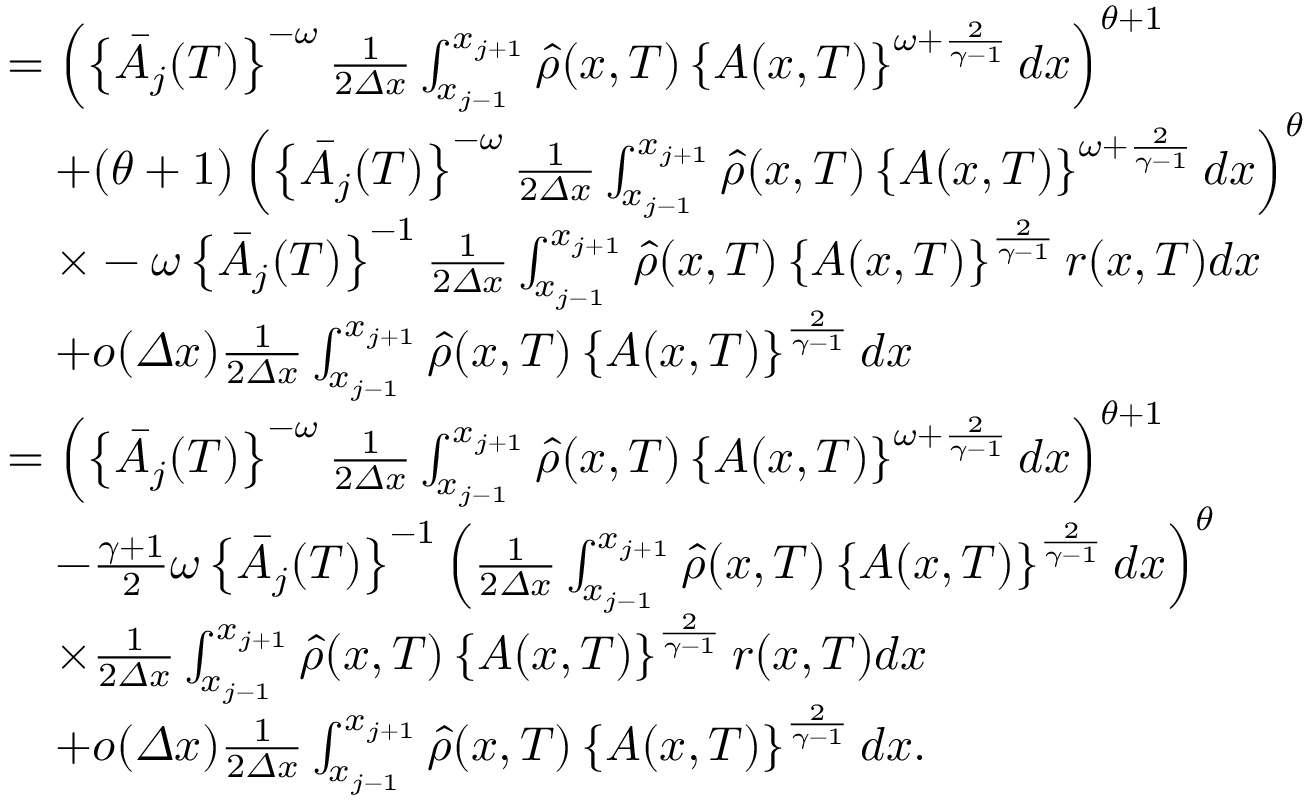
\begin{array} { r l } & { = \left( \left\{ \bar { A } _ { j } ( T ) \right\} ^ { - \omega } \frac 1 { 2 { \varDelta } x } \int _ { x _ { j - 1 } } ^ { x _ { j + 1 } } \hat { \rho } ( x , T ) \left\{ A ( x , T ) \right\} ^ { \omega + \frac { 2 } { \gamma - 1 } } d x \right) ^ { \theta + 1 } } \\ & { \quad + ( \theta + 1 ) \left( \left\{ \bar { A } _ { j } ( T ) \right\} ^ { - \omega } \frac 1 { 2 { \varDelta } x } \int _ { x _ { j - 1 } } ^ { x _ { j + 1 } } \hat { \rho } ( x , T ) \left\{ A ( x , T ) \right\} ^ { \omega + \frac { 2 } { \gamma - 1 } } d x \right) ^ { \theta } } \\ & { \quad \times - \omega \left\{ \bar { A } _ { j } ( T ) \right\} ^ { - 1 } \frac 1 { 2 { \varDelta } x } \int _ { x _ { j - 1 } } ^ { x _ { j + 1 } } \hat { \rho } ( x , T ) \left\{ A ( x , T ) \right\} ^ { \frac { 2 } { \gamma - 1 } } r ( x , T ) d x } \\ & { \quad + o ( { \varDelta } x ) \frac 1 { 2 { \varDelta } x } \int _ { x _ { j - 1 } } ^ { x _ { j + 1 } } \hat { \rho } ( x , T ) \left\{ A ( x , T ) \right\} ^ { \frac { 2 } { \gamma - 1 } } d x } \\ & { = \left( \left\{ \bar { A } _ { j } ( T ) \right\} ^ { - \omega } \frac 1 { 2 { \varDelta } x } \int _ { x _ { j - 1 } } ^ { x _ { j + 1 } } \hat { \rho } ( x , T ) \left\{ A ( x , T ) \right\} ^ { \omega + \frac { 2 } { \gamma - 1 } } d x \right) ^ { \theta + 1 } } \\ & { \quad - \frac { \gamma + 1 } { 2 } \omega \left\{ \bar { A } _ { j } ( T ) \right\} ^ { - 1 } \left( \frac 1 { 2 { \varDelta } x } \int _ { x _ { j - 1 } } ^ { x _ { j + 1 } } \hat { \rho } ( x , T ) \left\{ A ( x , T ) \right\} ^ { \frac { 2 } { \gamma - 1 } } d x \right) ^ { \theta } } \\ & { \quad \times \frac 1 { 2 { \varDelta } x } \int _ { x _ { j - 1 } } ^ { x _ { j + 1 } } \hat { \rho } ( x , T ) \left\{ A ( x , T ) \right\} ^ { \frac { 2 } { \gamma - 1 } } r ( x , T ) d x } \\ & { \quad + o ( { \varDelta } x ) \frac 1 { 2 { \varDelta } x } \int _ { x _ { j - 1 } } ^ { x _ { j + 1 } } \hat { \rho } ( x , T ) \left\{ A ( x , T ) \right\} ^ { \frac { 2 } { \gamma - 1 } } d x . } \end{array}